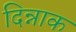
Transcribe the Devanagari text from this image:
दिन्नाक